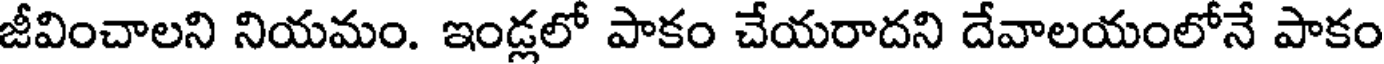
జీవించాలని నియమం. ఇండ్లలో పాకం చేయరాదని దేవాలయంలోనే పాకం